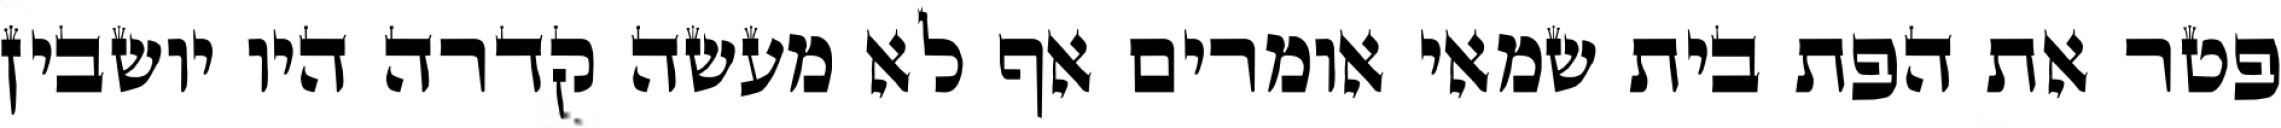
פטר את הפת בית שמאי אומרים אף לא מעשה קדרה היו יושבין